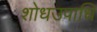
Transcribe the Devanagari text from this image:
शोधउपाधि